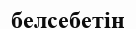
белсебетін